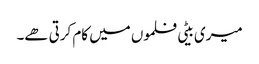
میری بیٹی فلموں میں کام کرتی ھے۔